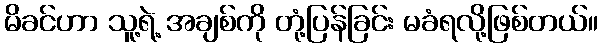
မိခင်ဟာ သူ့ရဲ့ အချစ်ကို တုံ့ပြန်ခြင်း မခံရလို့ဖြစ်တယ်။